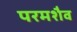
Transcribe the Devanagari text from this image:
परमशैव